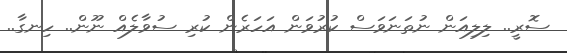
ސޮރީ.. ލިލިއަން ނުތަނަވަސް ކުރުވަން އަހަރެން ކުރި ސުވާލެއް ނޫން.. ހިނގާ..